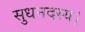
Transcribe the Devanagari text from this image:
सुधनदस्य।